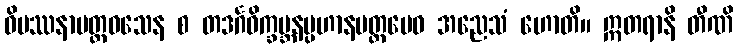
ဝိပဿနာမတ္တဝသေန စ တဒင်္ဂဝိက္ခမ္ဘနပ္ပဟာနမတ္တမေဝ အညေသံ ဟောတိ။ ဣတရာနိ တီဏိ